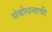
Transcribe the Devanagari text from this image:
संबोधनाची